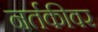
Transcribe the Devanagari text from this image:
नर्तकीवर